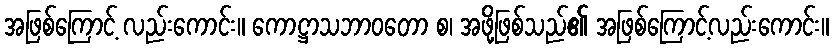
အဖြစ်ကြောင့် လည်းကောင်း။ ကောဋ္ဌာသဘာဝတော စ၊ အဖို့ဖြစ်သည်၏ အဖြစ်ကြောင့်လည်းကောင်း။